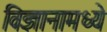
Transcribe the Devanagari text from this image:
विज्ञानामध्ये